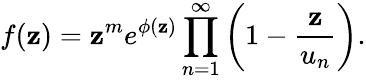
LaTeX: f(\mathbf{z})=\mathbf{z}^{m}e^{\phi(\mathbf{z})}\prod_{n=1}^{\infty}\left(1-{\frac{{\mathbf{z}}}{{u_{n}}}}\right).